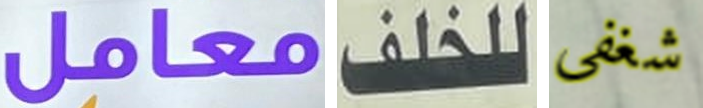
معامل للخلف شغفي